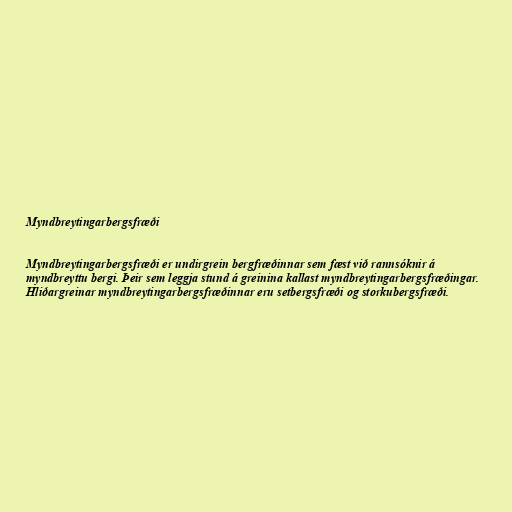
Myndbreytingarbergsfræði

Myndbreytingarbergsfræði er undirgrein bergfræðinnar sem fæst við rannsóknir á
myndbreyttu bergi. Þeir sem leggja stund á greinina kallast myndbreytingarbergsfræðingar.
Hliðargreinar myndbreytingarbergsfræðinnar eru setbergsfræði og storkubergsfræði.